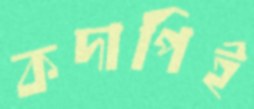
কদাপিই